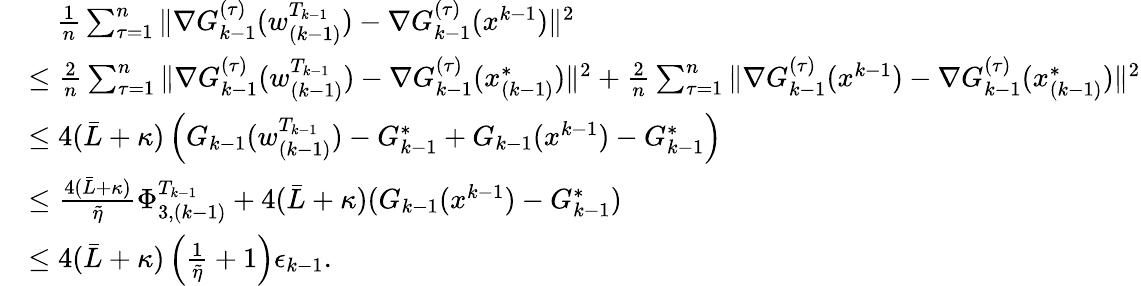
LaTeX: \begin{array}{rl}&{\quad\frac{1}{n}\sum_{\tau=1}^{n}\| \nabla G_{k-1}^{(\tau)}(w_{(k-1)}^{T_{k-1}})-\nabla G_{k-1}^{(\tau)}(x^{k-1})\| ^{2}}\\ &{\leq\frac{2}{n}\sum_{\tau=1}^{n}\| \nabla G_{k-1}^{(\tau)}(w_{(k-1)}^{T_{k-1}})-\nabla G_{k-1}^{(\tau)}(x_{(k-1)}^{*})\| ^{2}+\frac{2}{n}\sum_{\tau=1}^{n}\| \nabla G_{k-1}^{(\tau)}(x^{k-1})-\nabla G_{k-1}^{(\tau)}(x_{(k-1)}^{*})\| ^{2}}\\ &{\leq 4({\bar{L}}+\kappa)\left(G_{k-1}(w_{(k-1)}^{T_{k-1}})-G_{k-1}^{*}+G_{k-1}(x^{k-1})-G_{k-1}^{*}\right)}\\ &{\leq\frac{4({\bar{L}}+\kappa)}{{\tilde{\eta}}}\Phi_{3,(k-1)}^{T_{k-1}}+4({\bar{L}}+\kappa)(G_{k-1}(x^{k-1})-G_{k-1}^{*})}\\ &{\leq 4({\bar{L}}+\kappa)\left(\frac{1}{\tilde{\eta}}+1\right)\epsilon_{k-1}.}\end{array}